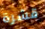
قشرة